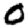
Digit: 0